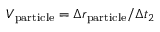
V _ { \mathrm { p a r t i c l e } } = \Delta r _ { \mathrm { p a r t i c l e } } / \Delta t _ { 2 }